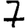
Digit: 7